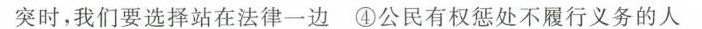
突时，我们要选择站在法律一边④公民有权惩处不履行义务的人